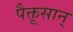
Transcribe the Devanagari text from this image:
पैक्तूसान्